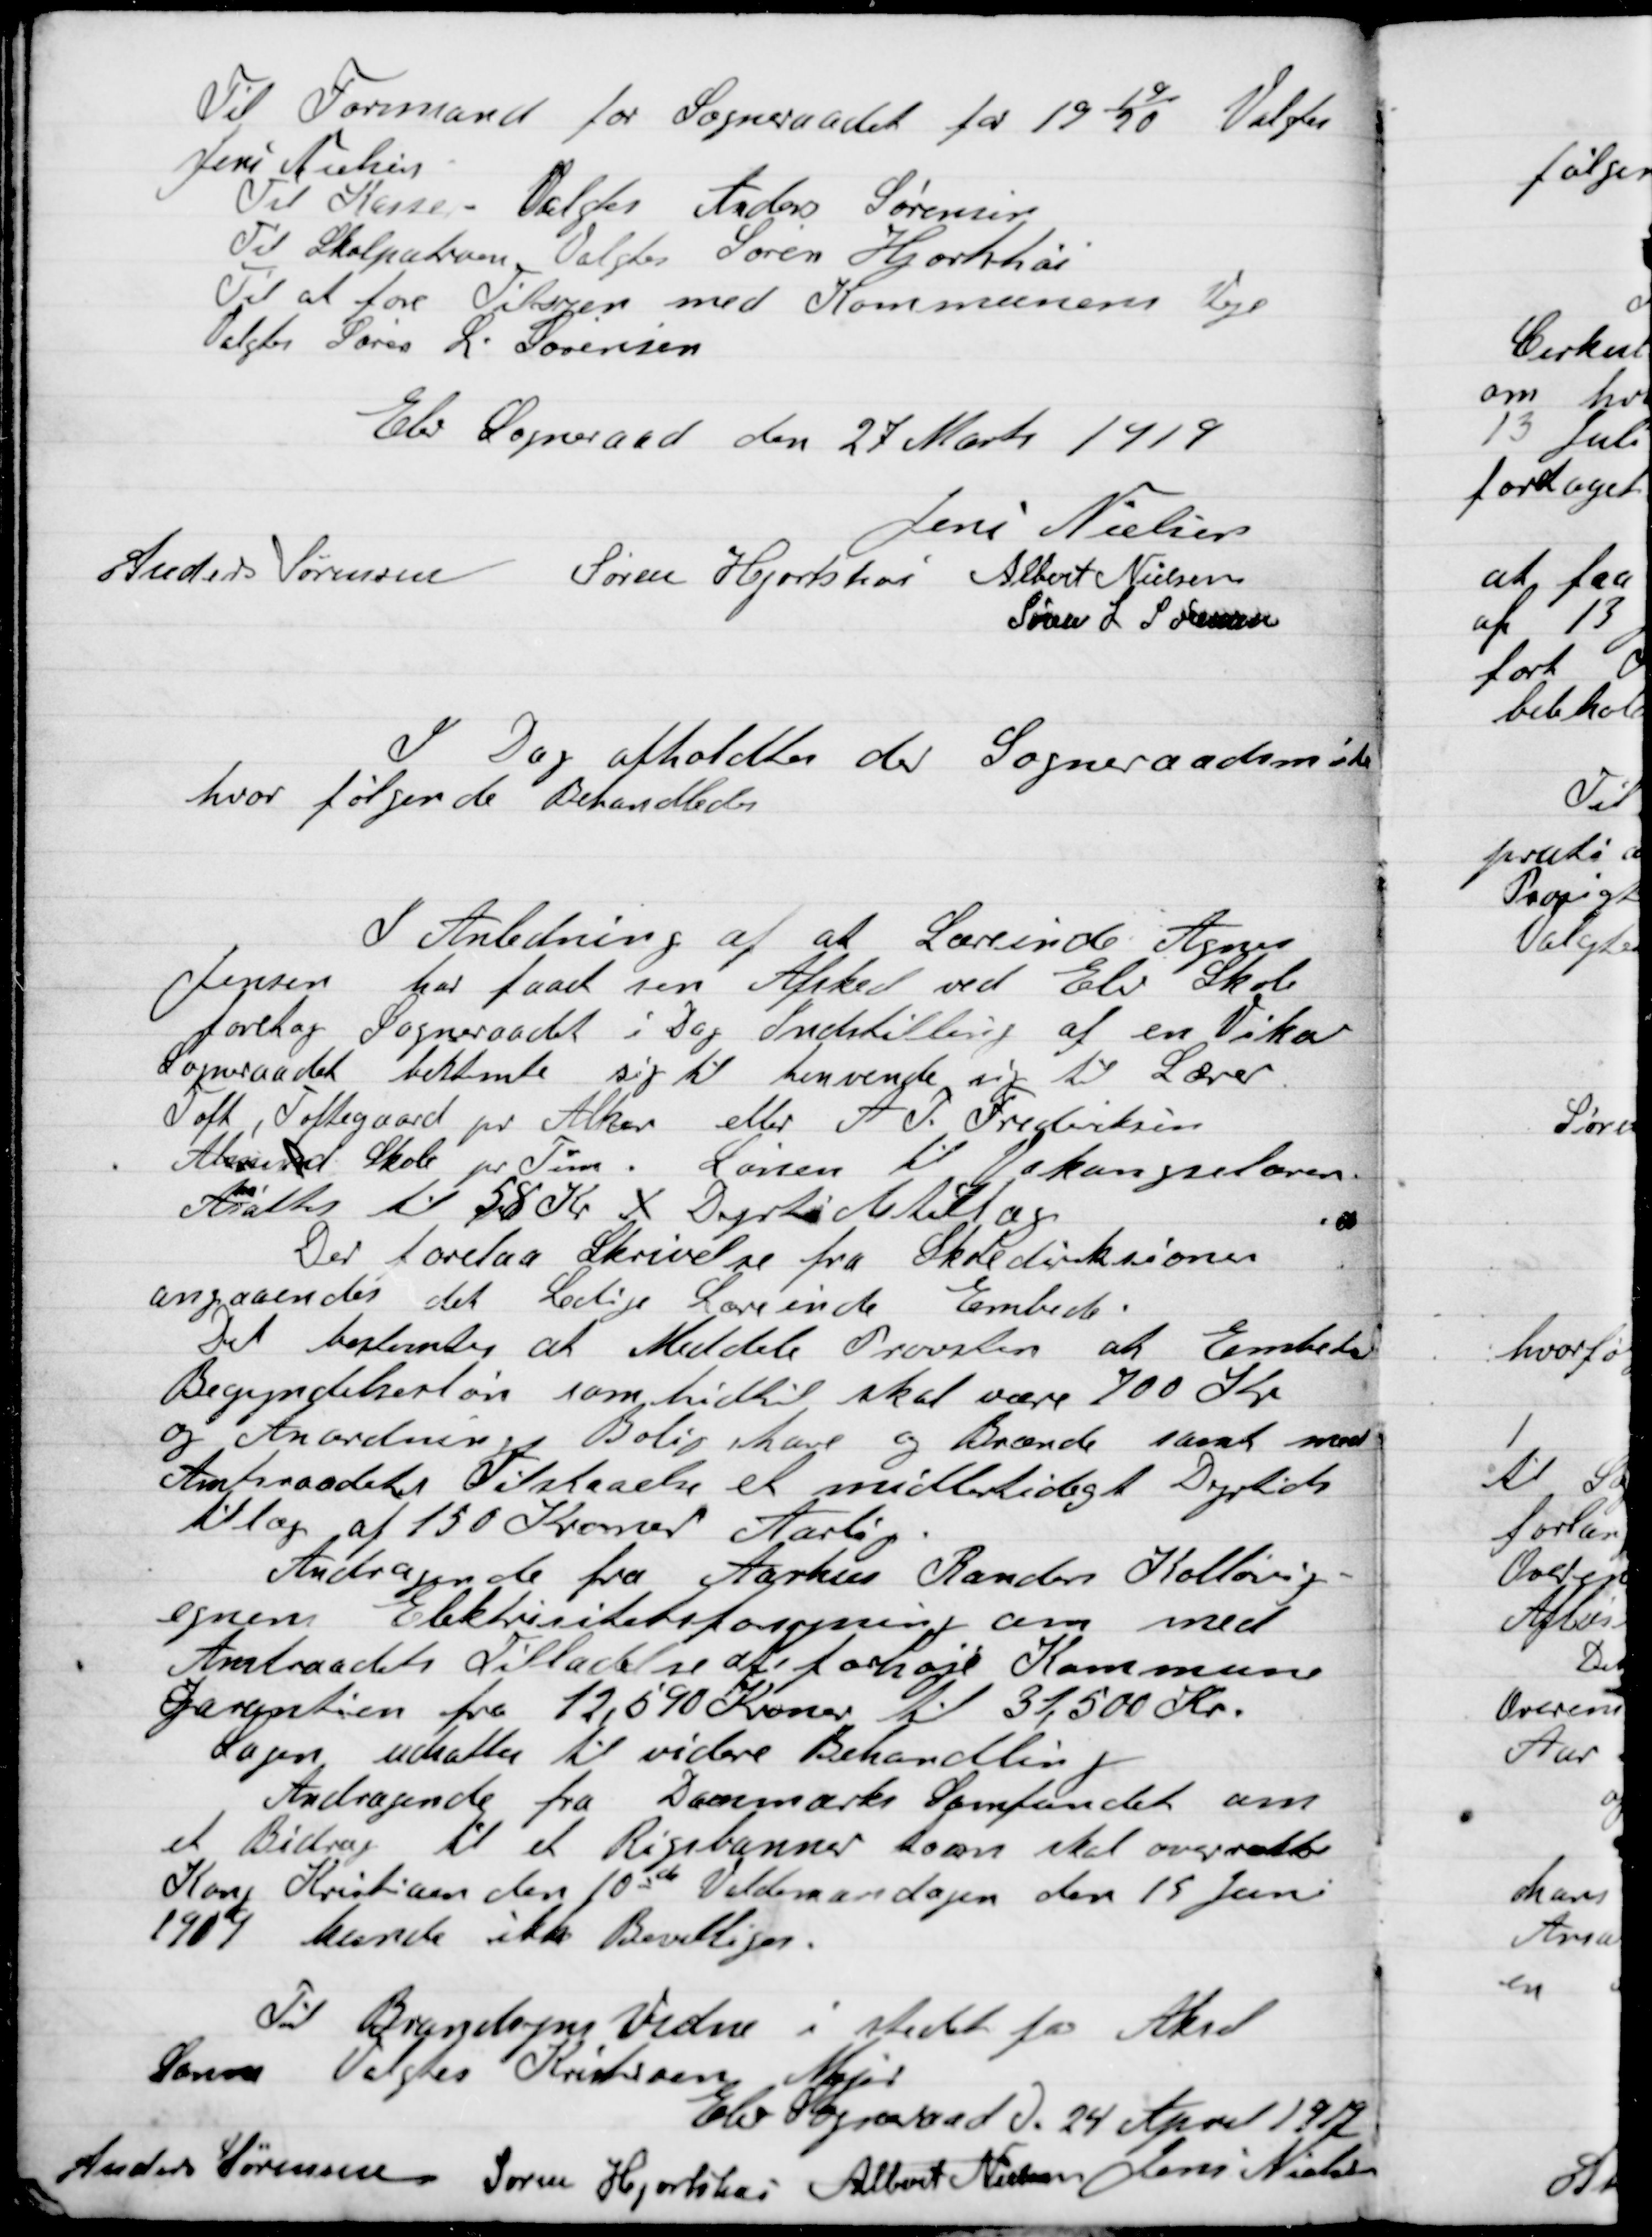
Transskription:
Til Formand for Sogneraadet for 1919/20 Valgtes
Jens Nielsen.
Til Kasse – Valgtes Anders Sørensen
Til Skolepatronen Valgtes Søren Hjortshøi
Til at føre Tilsyn med Kommunens Veje
Valgtes Søren L. Sørensen.

Elev Sogneraad den 27 Marts 1919

Jens Nielsen
Anders Sørensen
Søren Hjortshøi
Albert Nielsen
Søren L. Sørensen.

I Dag afholdtes der  Sogneraadetsmøde
hvor følgende Behandledes

I Anledning at Lærerinde Agnes
Jensen har faaet sin Afsked ved Elev Skole
foretog Sogneraadet i Dag Indstilling af en Vikar.
Sogneraadet bestemte sig til henvende sig til Lærer
Toft, Toftegaard pr. Alkær eller A. J. Frederiksen
Almund Skole pr. Tørn. Lønnen til Vakancelæren
Ansættes til 58 Kr. x Dyrtidstillæg.

Der forelaa Skrivelse fra Skoledirektionen
angaaende det Ledige Lærerinde Embede.
Det bestemtes at Meddele Provsten at Embedets
Begyndelsesløn som hidtil skal være 700 Kr.
og Anordningen, Bolig have og Brænde samt med
Amtsraadets Tilstaaelse et midlertidigt Dyretids-
tillæg af 150 Kroner Aarlig.

Andragende fra Aarhus Randers Kaløvig-
egnen Elektricitetsforening om med
Amtsraadets Tilladelse at forhøje Kommune-
Garantien fra 12,590 Kroner til 31,500 Kr.
Sagen udsattes til videre Behandling.
Andragende fra Danemærke Samfundet om
et Bidrag til et Rigsbanner som skal overvære
Kong Kristian den 10ende Valdemarsdagen den 15 Juni
1909 kunde ikke Bevilliges.
tillæg af 150 Kroner Aarlig.
Til Brandsyns Vidne i stedet for Aksel
Søren Valgtes Kristian Major

Elev Sogneraad D. 24 April 1919

Anders Sørensen
Søren Hjortshøi
Albert Nielsen
Jens Nielsen